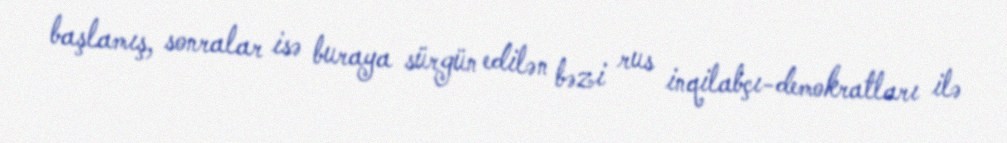
başlamış, sonralar isə buraya sürgün edilən bəzi rus inqilabçı-demokratları ilə